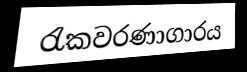
රැකවරණාගාරය